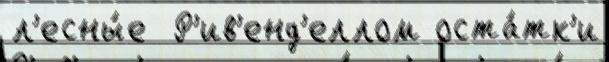
л'есны́е  Р'ив'енд'еллом оста́тк'и